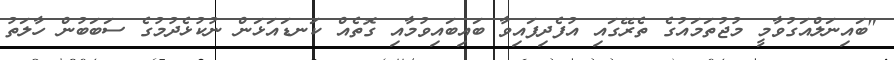
"ބައިނަލްއަގުވާމީ މުޖުތަމައުގެ ތެރޭގައި އުފެދިފައިވާ ބައިބައިވުމާއި ގޮތެއް ކަނޑައަޅަން ނުކުޅެދުމުގެ ސަބަބުން ހާލަތު